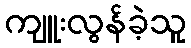
ကျူးလွန်ခဲ့သူ